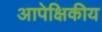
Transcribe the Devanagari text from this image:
आपेक्षिकीय